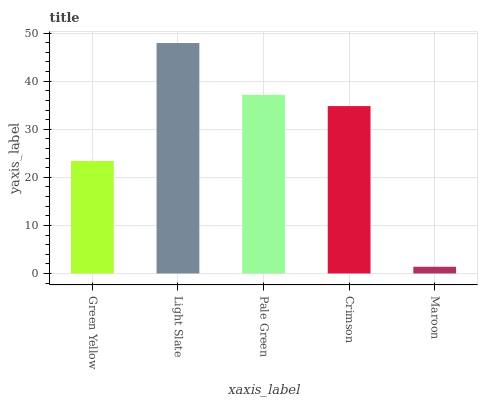
| xaxis_label | bars |
 | --- | --- |
 | Green Yellow | 23.4 |
 | Light Slate | 47.9 |
 | Pale Green | 37.2 |
 | Crimson | 34.8 |
 | Maroon | 1.4 |